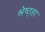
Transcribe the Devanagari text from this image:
श्रेष्ठ्हा